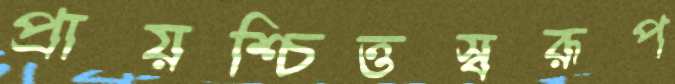
প্রায়শ্চিত্তস্বরূপ